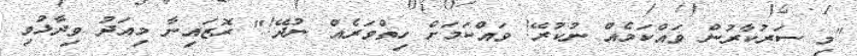
"މި ސަރުކާރުން ވައްކަމެއް ނުކުރޭ! ވައްކަމަށް ހިތްވަރެއް ނުދޭ!" ރޮޒައިނާ މިއަދު ވިދާޅުވި